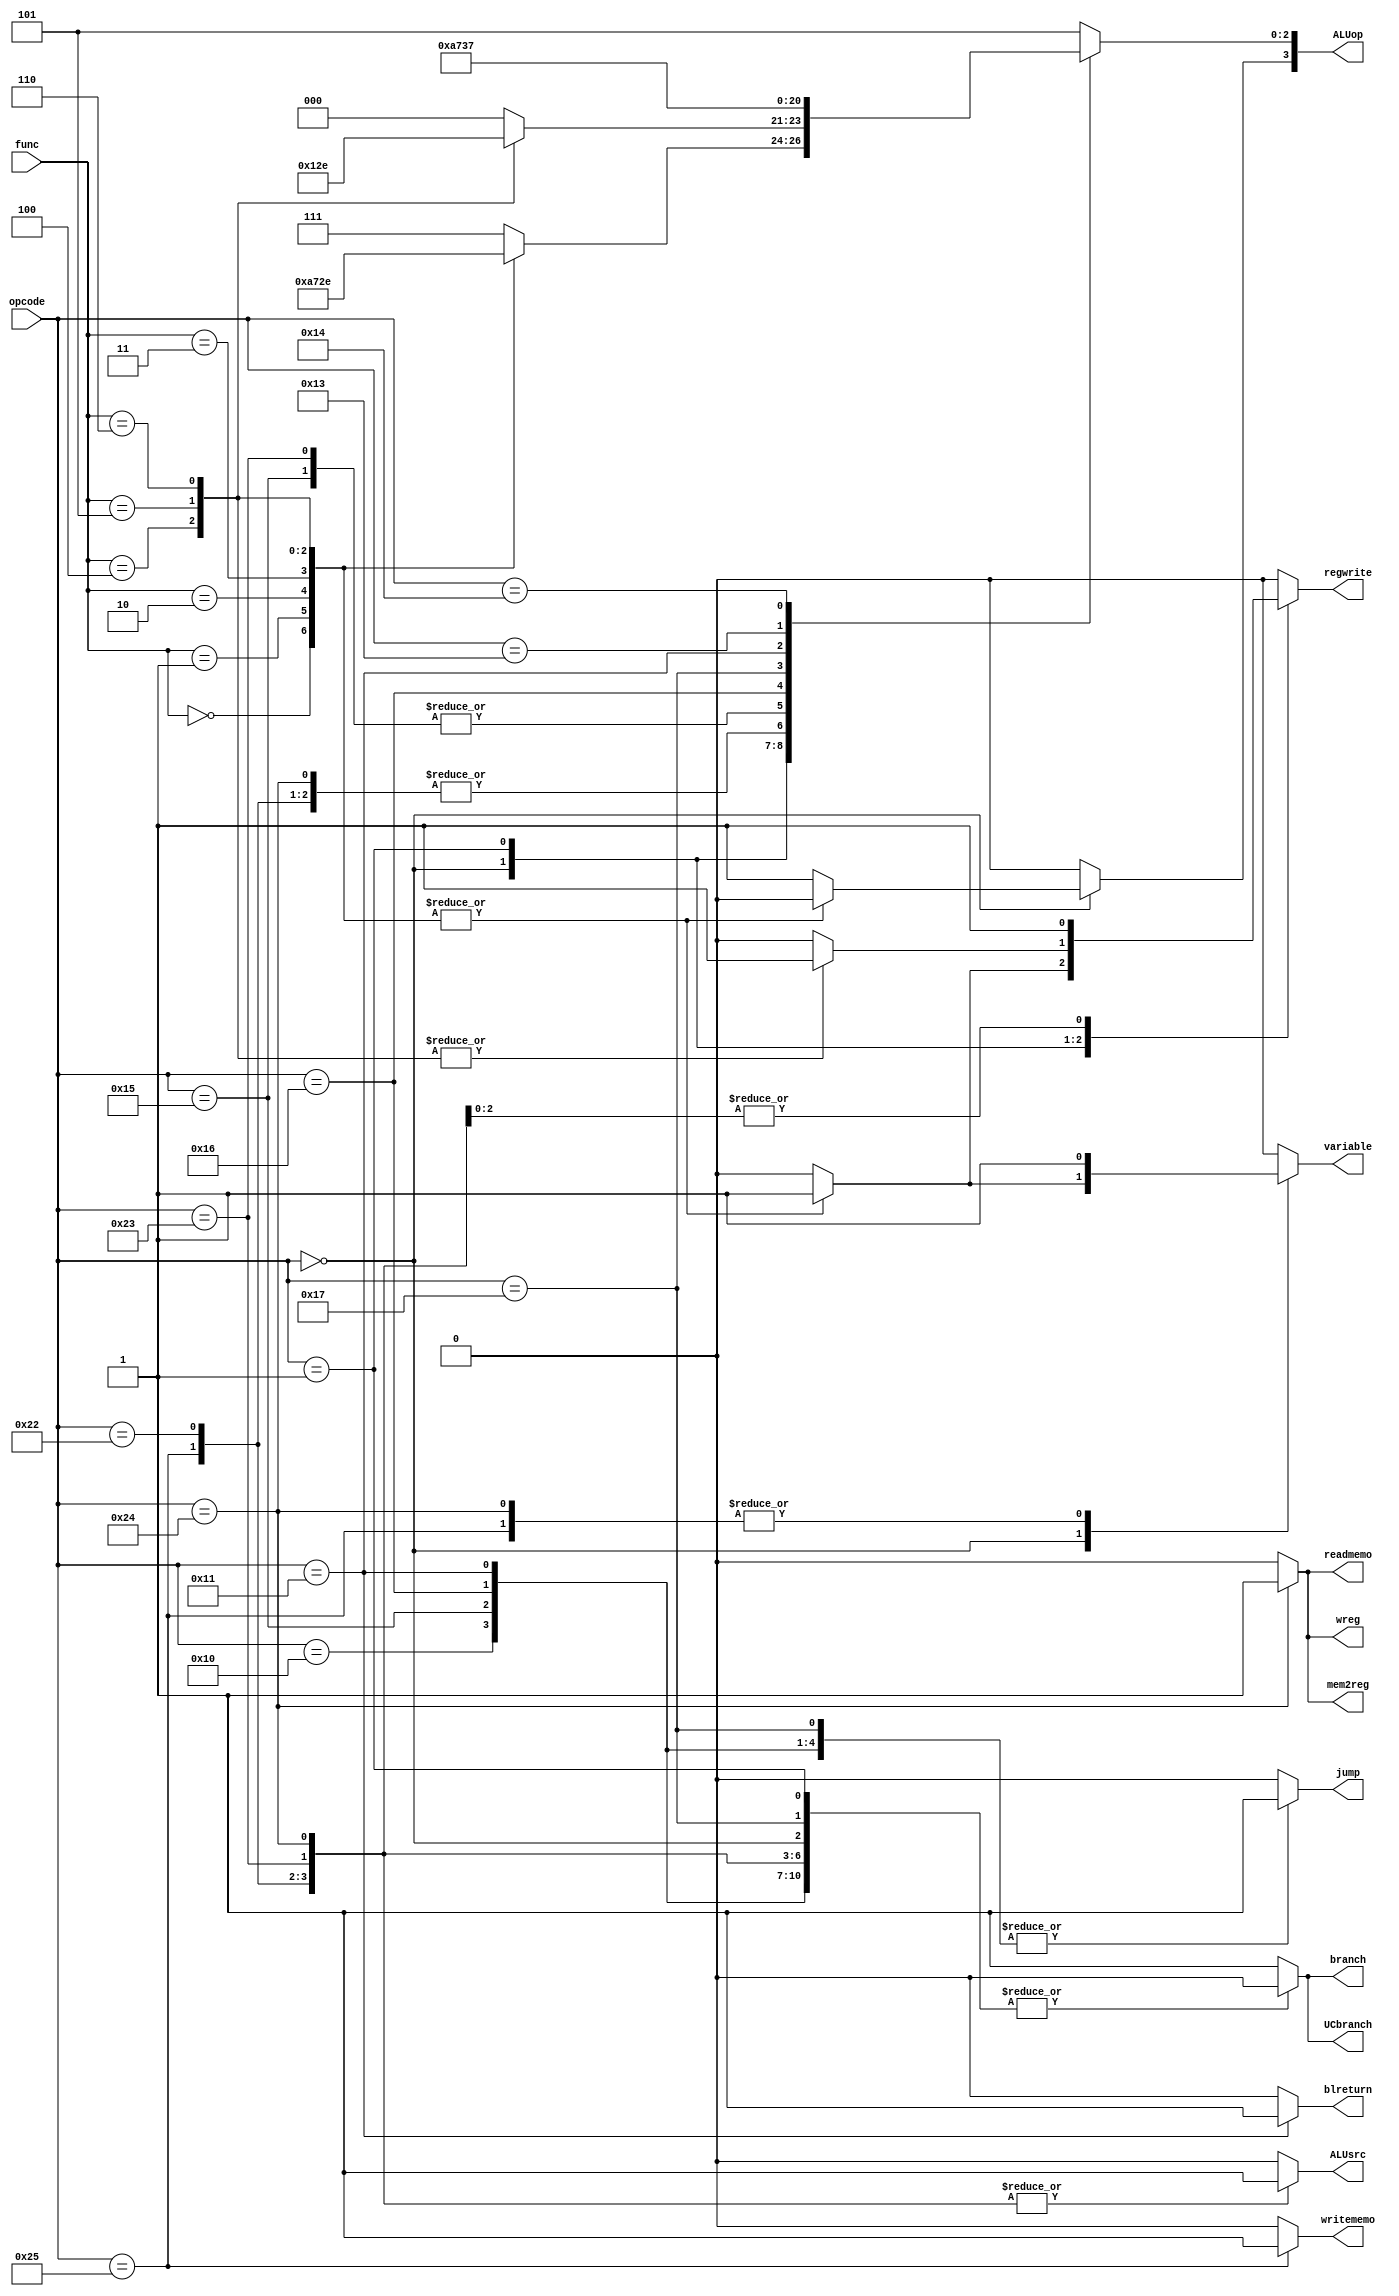
`timescale 1ns / 1ps
//////////////////////////////////////////////////////////////////////////////////
// Company: 
// Engineer: 
// 
// Design Name: 
// Module Name:    controller 
// Project Name: 
// Target Devices: 
// Tool versions: 
// Description: 
//
// Dependencies: 
//
// Revision: 
// Revision 0.01 - File Created
// Additional Comments: 
//
//////////////////////////////////////////////////////////////////////////////////
`define f0 6'b000000
`define f1 6'b000001
`define f2 6'b000010
`define f3 6'b000011
`define f4 6'b000100
`define f5 6'b000101
`define f6 6'b000110

`define aluAddi 6'b100010
`define aluCompi 6'b100011

`define LW 6'b100100
`define SW 6'b100101

`define b 6'b010000
`define bl 6'b010101
`define bcy 6'b010110
`define bncy 6'b010111

`define br 6'b010001
`define bltz 6'010010
`define bz 6'b010011
`define bnz 6'b010100

module controller(
input [5:0] opcode,
input [5:0] func,
output reg variable,branch,jump,readmemo,ALUsrc,mem2reg,writememo,UCbranch,regwrite,wreg,blreturn,
output reg [3:0] ALUop
    );
	 
	 always @(*)
		begin
			variable = 1'b0; regwrite = 1'b0;
			writememo = 1'b0; mem2reg = 1'b0;
			UCbranch = 1'b0; readmemo = 1'b0;
			wreg = 1'b0;
			branch = 1'b0; ALUsrc = 1'b0;
			jump = 1'b0; ALUop = 4'b0000;
			blreturn = 1'b0;
			case (opcode)
				6'b000000://R- type
					begin
						case (func)
							`f0: // add 
								begin
									variable = 1'b1; regwrite = 1'b1;
									ALUop[2:0] = 3'b000;
								end
							`f1: // comp
								begin
									variable = 1'b1; regwrite = 1'b1;
									ALUop[2:0] = 3'b001;									
								end
							`f2: // and
								begin
									variable = 1'b1; regwrite = 1'b1;
									ALUop[2:0] = 3'b010;
								end
							`f3: // xor
								begin
									variable = 1'b1; regwrite = 1'b1;
									ALUop[2:0] = 3'b011;									
								end
							`f4: // shllv
								begin
									variable = 1'b1; regwrite = 1'b1;
									ALUop[2:0] = 3'b100;
								end
							`f5: // shrlv
								begin
									variable = 1'b1; regwrite = 1'b1;
									ALUop[2:0] = 3'b101;									
								end
							`f6: // shrav
								begin
									variable = 1'b1; regwrite = 1'b1;
									ALUop[2:0] = 3'b110;
								end
							default:
								begin
									ALUop = 4'b1111;
								end
						endcase
					end
				6'b000001: // R-type
					begin
						case(func)
							`f4: // shll
								begin
									regwrite = 1'b1;
									ALUop[2:0] = 3'b100;
								end
							`f5: // shrl
								begin
									regwrite = 1'b1;
									ALUop[2:0] = 3'b101;									
								end
							`f6: // shra
								begin
									regwrite = 1'b1;
									ALUop[2:0] = 3'b110;
								end
							default:
								begin
									ALUop = 4'b0000;
								end
						endcase
					end
				`aluAddi:
					begin
						regwrite = 1'b1;ALUsrc = 1'b1;
					end 
				`aluCompi:
					begin
						regwrite = 1'b1;ALUsrc = 1'b1;
						ALUop[2:0] = 3'b001;
					end 
				`SW:
					begin
						variable = 1'b1; writememo = 1'b1;
						ALUsrc = 1'b1;
						ALUop = 4'b0000;
					end
				`LW:
					begin
						mem2reg = 1'b1;wreg = 1'b1;
						variable = 1'b1; regwrite = 1'b1;
						ALUsrc = 1'b1; readmemo = 1'b1;
						ALUop = 4'b0000;
					end
				`b:
					begin
						jump = 1'b1;
					end
				`bl:
					begin 
						jump = 1'b1;
						ALUop[2:0] = 3'b001;
					end
				`bcy:
					begin
						jump = 1'b1;
						ALUop[2:0] = 3'b010;
					end
				`bncy:
					begin 
						jump = 1'b1;
						ALUop[2:0] = 3'b011;
					end
				`br:
					begin 
						jump = 1'b1;
						blreturn = 1'b1;
						ALUop[2:0] = 3'b100;
					end
				`bz:
					begin 
						branch = 1'b1;
						UCbranch = 1'b1;
						ALUop[2:0] = 3'b110;
					end
				`bnz:
					begin 
						branch = 1'b1;
						UCbranch = 1'b1;
						ALUop[2:0] = 3'b111;
					end
				default:  // bltz
				begin 
					branch = 1'b1;
					UCbranch = 1'b1;
					ALUop = 4'b0101;
				end
			endcase
		end


endmodule